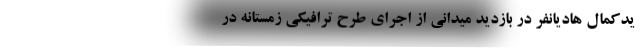
یدکمال هادیانفر در بازدید میدانی از اجرای طرح ترافیکی زمستانه در